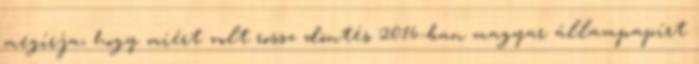
megírja, hogy miért volt rossz döntés 2016-ban magyar állampapírt